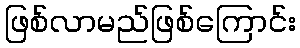
ဖြစ်လာမည်ဖြစ်ကြောင်း